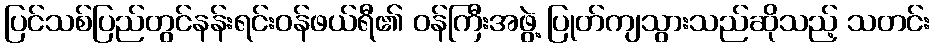
ပြင်သစ်ပြည်တွင်နန်းရင်းဝန်ဖယ်ရီ၏ ဝန်ကြီးအဖွဲ့ ပြုတ်ကျသွားသည်ဆိုသည့် သတင်း